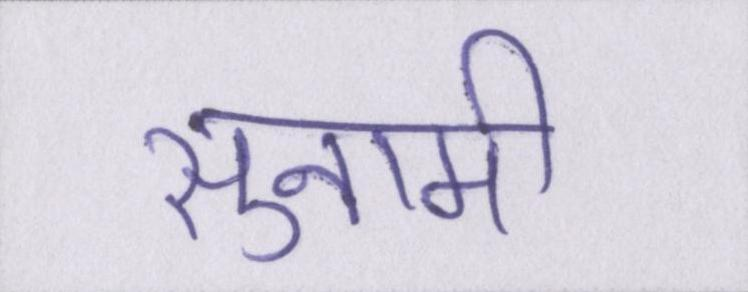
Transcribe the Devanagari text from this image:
सुनामी